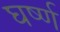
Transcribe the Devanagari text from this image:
घर्ष्ण